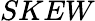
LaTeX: SKEW